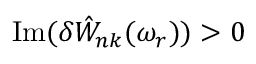
\mathrm { I m } ( \delta { \hat { W } } _ { n k } ( \omega _ { r } ) ) > 0